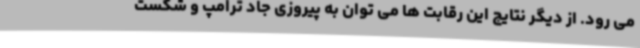
می رود. از دیگر نتایج این رقابت ها می توان به پیروزی جاد ترامپ و شکست